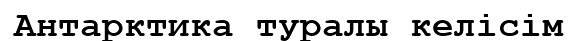
Антарктика туралы келісім